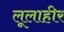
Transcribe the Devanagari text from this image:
लूलाहीर